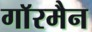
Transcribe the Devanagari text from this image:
गाॅरमैन